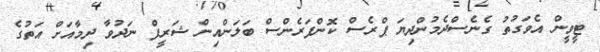
ޓީވީން އެވަގުތު ގެނެސްދެމުންދިޔަ ޕްރެސް ކޮންފަރެންސް ބަލަންއިން ޝަރީފް ނަދުވާ ދިމާއަށް އަތުގެ